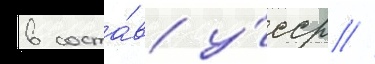
в соста́в у́сср //